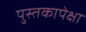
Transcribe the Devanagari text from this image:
पुस्तकापेक्षा